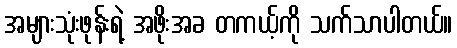
အများသုံးဖုန်းရဲ့ အဖိုးအခ တကယ့်ကို သက်သာပါတယ်။